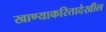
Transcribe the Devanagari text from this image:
खाण्याकरितादेखील